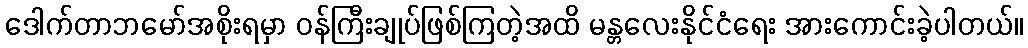
ဒေါက်တာဘမော်အစိုးရမှာ ဝန်ကြီးချုပ်ဖြစ်ကြတဲ့အထိ မန္တလေးနိုင်ငံရေး အားကောင်းခဲ့ပါတယ်။